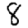
Digit: 8